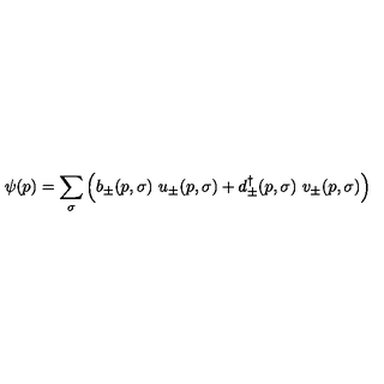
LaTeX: \psi ( p ) = \sum _ { \sigma } \left( b _ { \pm } ( p , \sigma ) \ u _ { \pm } ( p , \sigma ) + d _ { \pm } ^ { \dagger } ( p , \sigma ) \ v _ { \pm } ( p , \sigma ) \right)